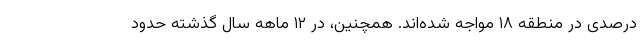
درصدی در منطقه ۱۸ مواجه شده‌اند. همچنین، در ۱۲ ماهه سال گذشته حدود